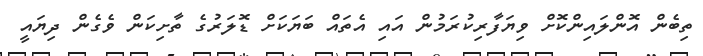
ތިބެން އޮންލައިންކޮށް ވިޔަފާރިކުރަމުން އައި އެތައް ބަޔަކަށް ޑޮލަރުގެ ތާށިކަން ވެގެން ދިޔައީ